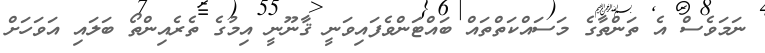
ނަމަވެސް އެ ތަންތާގެ މަސައްކަތްތައް ބައްޓަންވެފައިވަނީ ޤާނޫނީ އިމުގެ ތެރެއިންތޯ ބަލައި އަވަހަށް